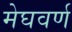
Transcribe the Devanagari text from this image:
मेघवर्ण